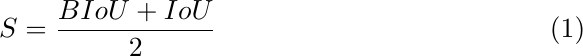
\begin{equation}
\label{math:score}
    S = \frac{BIoU + IoU}{2}
\end{equation}